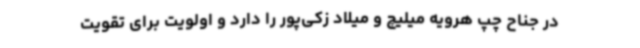
در جناح چپ هرویه میلیچ و میلاد زکی‌پور را دارد و اولویت برای تقویت